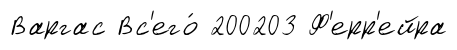
Варгас Вс'его́ 200203 Ф'ерр'ейра